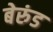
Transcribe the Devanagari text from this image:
बेरुंड